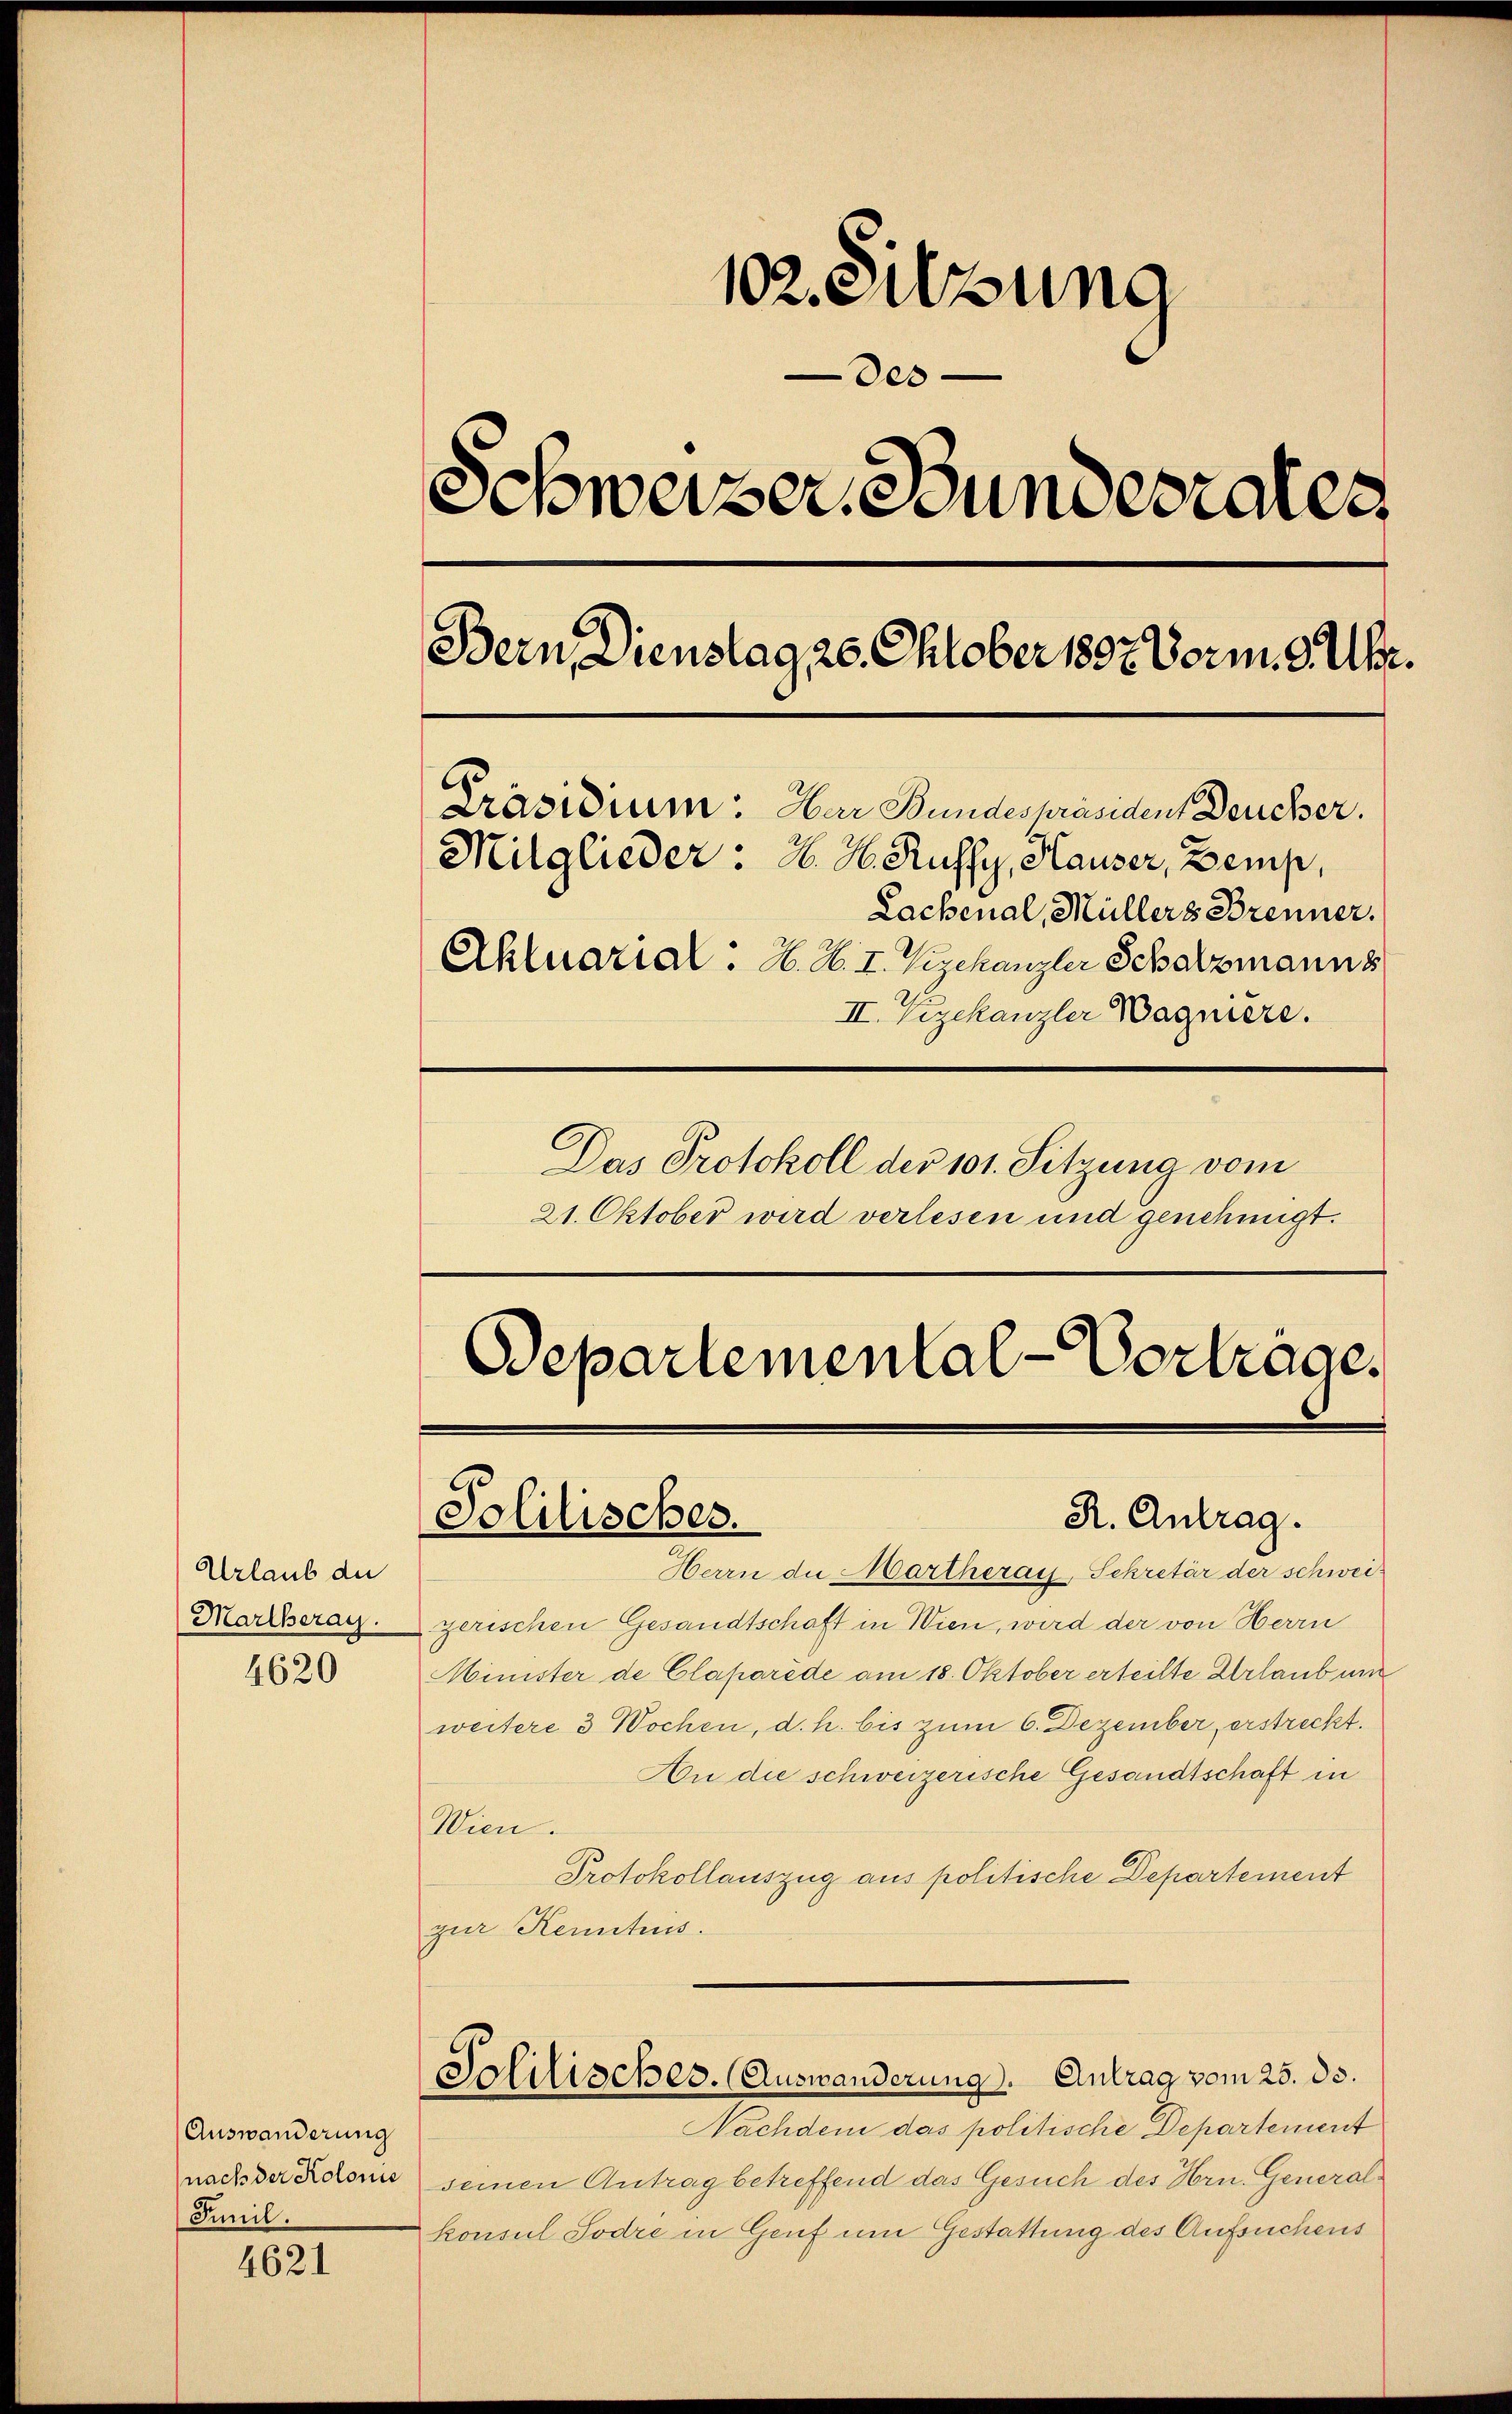
Urlaub der
Marcheray.

4620

Auswanderung
Famil.

4621

102. Sitzung
000
Schweizer Bundesrates
Bern, Dienstag 26. Oktober 1802. Vorm. 9. Uhr.
C
Präsidium. Har Bundespräsident Deucher.
Mitglieder: H. H. Ruffy, Hauser, Zemp,
Lachenal, Müllers Brenner.
Ekluarial: H. H. I. Vizekanzler Schatzmanns
II. Vizekanzler Wagniere.
Das Protokoll der 101. Sitzung vom

21. Oktober wird verlesen und genehmigt.

Bepartemental-Vortrage,
Solitisches.
R. Antrag.

Herrn die Martheraus, Sekretär der schwei-
gerischen Gesandtschaft in Wien, wird der von Herrn
Minister de Claparède am 18. Oktober erteilte Urlaub un
weitere 3 Wochen, d. h. bis zum 6. Dezember, erstreckt.
An die schweizerische Gesandtschaft in
Wien.
Protokollauszug aus politische Departement
zur Kenntnis.
Solitisches. (Auswanderung. Antrag vom 25. ds.
Nachdem das politische Departement
nach der Adoni seinen Antrag betreffend das Gesuch des Hrn. Generalkonsul Sodre in Genf um Gestattung des Aufsuchens